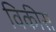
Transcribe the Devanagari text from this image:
विकीस